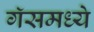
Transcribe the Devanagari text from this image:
गॅसमध्ये